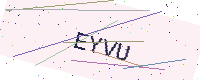
Text: EYVU